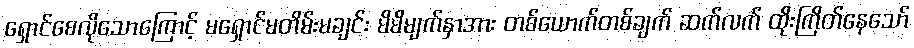
ရှောင်စေလိုသောကြောင့် မရှောင်မတိမ်းမချင်း မိမိမျက်နှာအား တစ်ယောက်တစ်ချက် ဆက်လက် ထိုးကြိတ်နေသော်